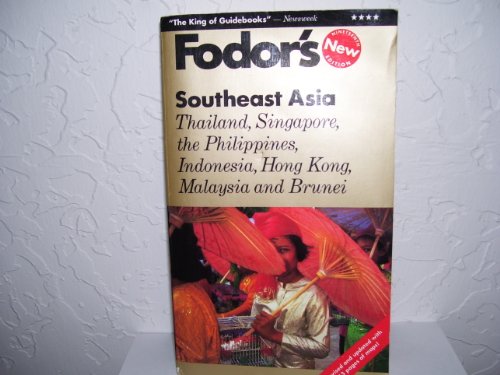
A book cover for Southeast Asia: Thailand, Singapore, the Philippines, Indonesia, Hong Kong, Malaysia and Brunei (Gold Guides); Fodor's; Travel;